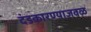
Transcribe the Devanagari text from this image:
दंडकारण्याजवळ